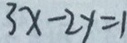
3 x - 2 y = 1